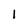
Character: I